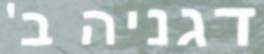
דגניה ב'